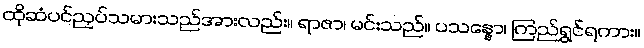
ထိုဆံပင်ညှပ်သမားသည်အားလည်း။ ရာဇာ၊ မင်းသည်။ ပသန္နော၊ ကြည်ရွှင်ရကား။